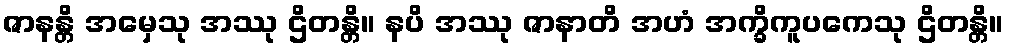
ဇာနန္တိ အမှေသု အဿု ဌိတန္တိ။ နပိ အဿု ဇာနာတိ အဟံ အက္ခိကူပကေသု ဌိတန္တိ။